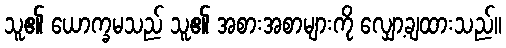
သူ၏ ယောက္ခမသည် သူ၏ အစားအစာများကို လျှော့ချထားသည်။